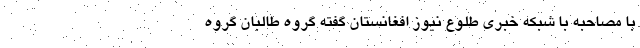
با مصاحبه با شبکه خبری طلوع نیوز افغانستان گفته گروه طالبان گروه